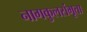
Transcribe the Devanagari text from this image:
नागकुलसंभूता